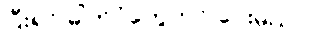
ပြီးရင် ဓါတ်ပုံတွေတင် ပေးမယ်။